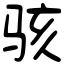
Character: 骇